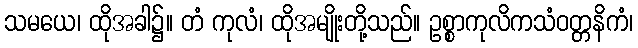
သမယေ၊ ထိုအခါ၌။ တံ ကုလံ၊ ထိုအမျိုးတို့သည်။ ဥစ္စာကုလိကသံဝတ္တနိကံ၊